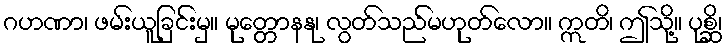
ဂဟဏာ၊ ဖမ်းယူခြင်းမှ။ မုတ္တောနနု၊ လွတ်သည်မဟုတ်လော။ ဣတိ၊ ဤသို့။ ပုစ္ဆိ၊